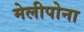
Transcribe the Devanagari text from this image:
मेलीपोना